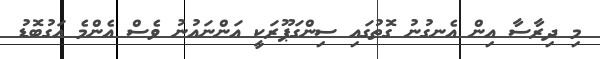
މި ދިރާސާ އިން އެނގުނު ގޮތުގައި ސިންގަޕޫރަކީ އަންނައުނު ވެސް އެންމެ އަގުބޮޑު